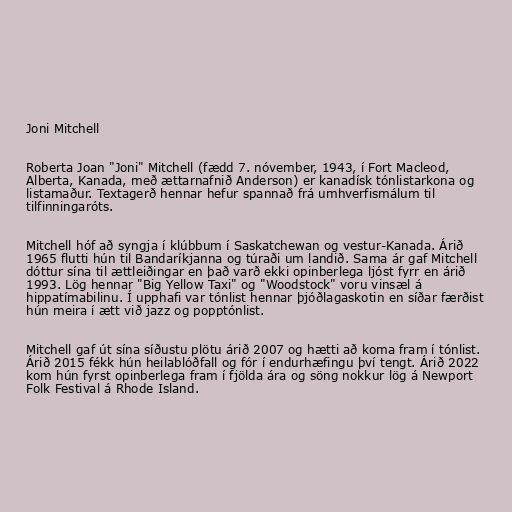
Joni Mitchell

Roberta Joan "Joni" Mitchell (fædd 7. nóvember, 1943, í Fort Macleod,
Alberta, Kanada, með ættarnafnið Anderson) er kanadísk tónlistarkona og
listamaður. Textagerð hennar hefur spannað frá umhverfismálum til
tilfinningaróts.

Mitchell hóf að syngja í klúbbum í Saskatchewan og vestur-Kanada. Árið
1965 flutti hún til Bandaríkjanna og túraði um landið. Sama ár gaf Mitchell
dóttur sína til ættleiðingar en það varð ekki opinberlega ljóst fyrr en árið
1993. Lög hennar "Big Yellow Taxi" og "Woodstock" voru vinsæl á
hippatímabilinu. Í upphafi var tónlist hennar þjóðlagaskotin en síðar færðist
hún meira í ætt við jazz og popptónlist.

Mitchell gaf út sína síðustu plötu árið 2007 og hætti að koma fram í tónlist.
Árið 2015 fékk hún heilablóðfall og fór í endurhæfingu því tengt. Árið 2022
kom hún fyrst opinberlega fram í fjölda ára og söng nokkur lög á Newport
Folk Festival á Rhode Island.